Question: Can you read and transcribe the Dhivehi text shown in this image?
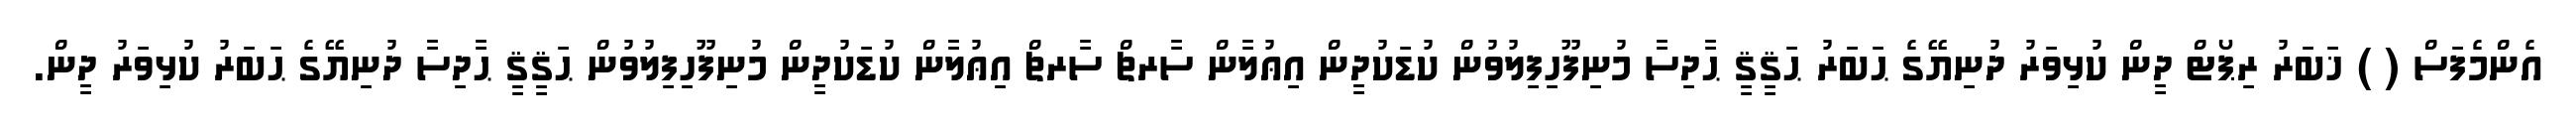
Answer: އެންމެފަސް ( ) ޚަބަރު ރިޕޯޓް ދީން ކުޅިވަރު ދުނިޔޭގެ ޙަބަރު ޙަޤީޤީ ޙާދިސާ މުނިފޫހިފިލުވުން ކުޑަކުދީން އިޢުލާން ސާރޗް ސާރޗް އިޢުލާން ކުޑަކުދީން މުނިފޫހިފިލުވުން ޙަޤީޤީ ޙާދިސާ ދުނިޔޭގެ ޙަބަރު ކުޅިވަރު ދީން.